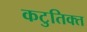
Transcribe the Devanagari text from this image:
कटुतिक्त